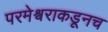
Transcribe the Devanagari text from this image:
परमेश्वराकडूनच